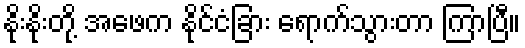
နိုးနိုးတို့ အဖေက နိုင်ငံခြား ရောက်သွားတာ ကြာပြီ။